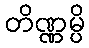
တိဏ္ဏမ္ပိ